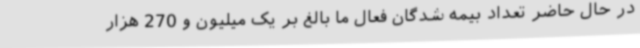
در حال حاضر تعداد بیمه شدگان فعال ما بالغ بر یک میلیون و 270 هزار